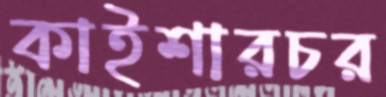
কাইশারচর